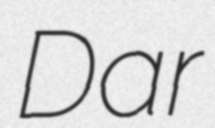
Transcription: Dar